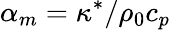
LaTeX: \alpha_{m}=\kappa^{*}/\rho_{0}c_{p}